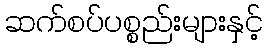
ဆက်စပ်ပစ္စည်းများနှင့်